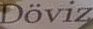
Doviz